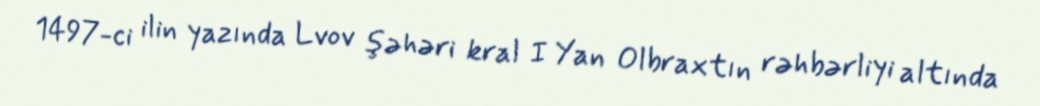
1497-ci ilin yazında Lvov şəhəri kral I Yan Olbraxtın rəhbərliyi altında